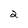
Character: 2